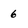
Character: 6